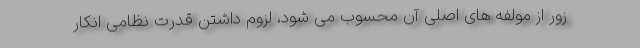
زور از مولفه های اصلی آن محسوب می شود، لزوم داشتن قدرت نظامی انکار